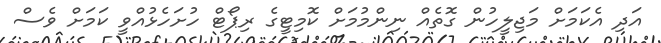
އަދި އެކަމަށް މަޖިލީހުން ގޮތެއް ނިންމުމަށް ކޮމިޓީގެ ރިޕޯޓް ހުށަހެޅުއްވީ ކަމަށް ވެސް